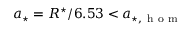
a _ { \star } = R ^ { \star } / 6 . 5 3 < a _ { \star , \mathrm { ~ h ~ o ~ m ~ } }